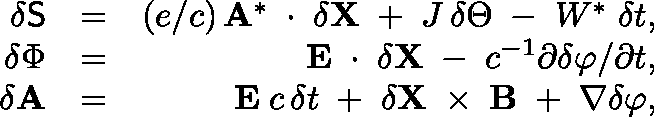
\begin{array} { r l r } { \delta { \sf S } } & { = } & { ( e / c ) \, { \bf A } ^ { * } \, \mathrm { \boldmath ~ \cdot ~ } \, \delta { \bf X } \; + \; J \, \delta \Theta \; - \; W ^ { * } \; \delta t , } \\ { \delta \Phi } & { = } & { { \bf E } \, \mathrm { \boldmath ~ \cdot ~ } \, \delta { \bf X } \; - \; c ^ { - 1 } \partial \delta \varphi / \partial t , } \\ { \delta { \bf A } } & { = } & { { \bf E } \; c \, \delta t \; + \; \delta { \bf X } \, \mathrm { \boldmath ~ \times ~ } \, { \bf B } \; + \; \nabla \delta \varphi , } \end{array}